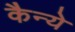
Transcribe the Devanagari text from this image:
कैन्ये